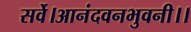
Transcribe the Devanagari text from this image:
सर्वे।आनंदवनभुवनी।।